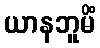
ယာနဘူမိံ